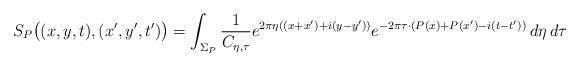
LaTeX: \begin{align*}S_P\big((x,y,t),(x',y',t')\big)= \int_{\Sigma_P} \frac{1}{C_{\eta,\tau}} e^{2\pi\eta((x+x')+i(y-y'))} e^{-2\pi\tau\cdot(P(x)+P(x')-i(t-t'))}\, d\eta\,d\tau\end{align*}